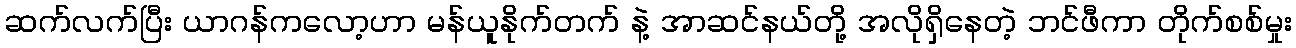
ဆက်လက်ပြီး ယာဂန်ကလော့ဟာ မန်ယူနိုက်တက် နဲ့ အာဆင်နယ်တို့ အလိုရှိနေတဲ့ ဘင်ဖီကာ တိုက်စစ်မှုး